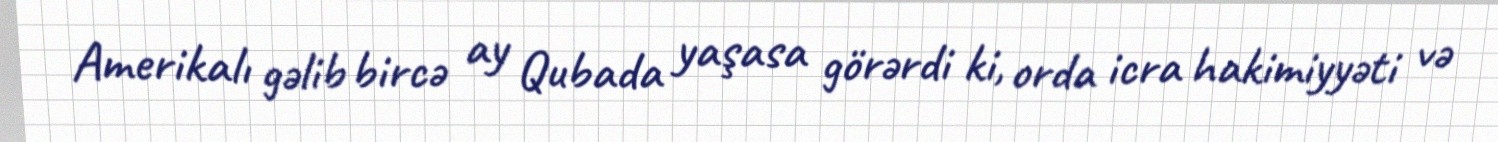
Amerikalı gəlib bircə ay Qubada yaşasa görərdi ki, orda icra hakimiyyəti və